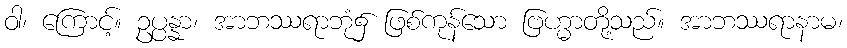
ဝါ၊ ကြောင့်။ ဥပ္ပန္နာ၊ အာဘဿရာဘုံ၌ ဖြစ်ကုန်သော ဗြဟ္မာတို့သည်။ အာဘဿရာနာမ၊